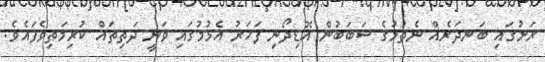
ރަށުގައި ބަނދަރެއް ނެތުމުގެ ސަބަބުން އޮޑިދޯނި ފަހަރު އެޅުމުގައި ވަނީ ދަތިތައް ކުރިމަތިވެފައެވެ.